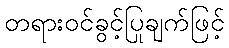
တရားဝင်ခွင့်ပြုချက်ဖြင့်